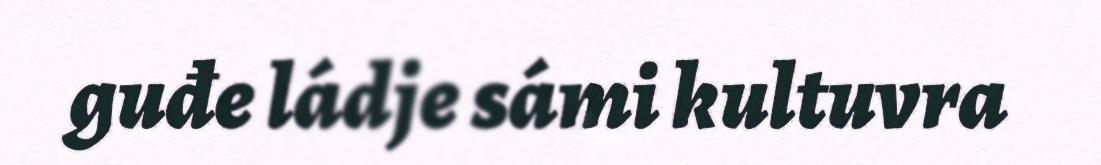
guđe ládje sámi kultuvra